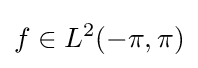
f\in L^{2}(-\pi ,\pi )